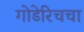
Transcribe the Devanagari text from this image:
गोडेरिचचा